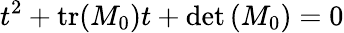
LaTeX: t^{2}+{\mathrm{tr}}(M_{0})t+\operatorname*{det}\left(M_{0}\right)=0